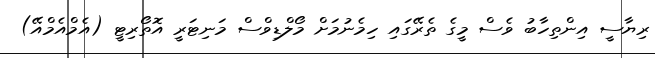
ރިޔާސީ އިންތިހާބު ވެސް މީގެ ތެރޭގައި ހިމެނުމަށް މޯލްޑިވްސް މަނިޓަރީ އޮތޯރިޓީ (އެމްއެމްއޭ)